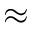
\approx